Vaccination in Bombay 1924-1928 - 1924-1928
Year: 1924
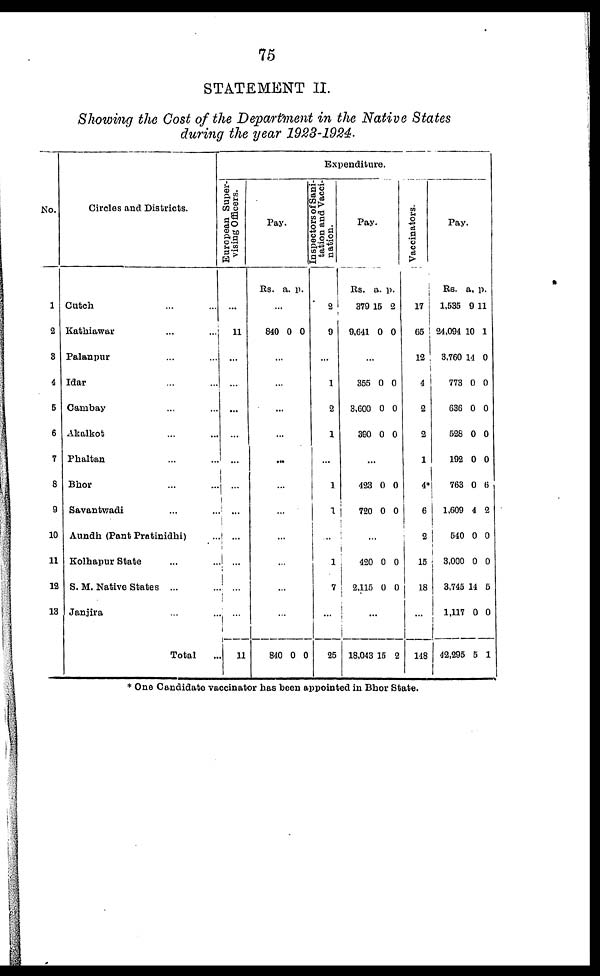
75
STATEMENT II.
Showing the Cost of the Department in the Native States
during the year 1923-1924.
No.
1
2
3
4
5
6
7
8
9
10
11
19
13
Circles and Districts.
Cutch ... ...
Kathiawar ... ...
Palanpur ... ...
Idar ... ...
Cambay ... ...
Akalkot ... ...
Phaltan ... ...
Bhor ... ...
Savantwadi ... ...
Aundh (Pant Pratinidhi) ...
Kolhapur State ... ...
S. M. Native States ... ...
Janjira ... ...
Total
Expenditure.
European Super-
vising Officers.
...
11
...
...
...
...
...
...
...
...
...
...
...
11
Pay.
Rs. a. p.
...
840 0 0
...
...
...
...
...
...
...
...
...
...
...
840 0 0
In spectors of Sani-
tation and Vacci-
nation.
2
9
...
1
2
1
...
1
1
...
1
7
...
25
Pay.
Rs.
379
9,641
a.
L5
0
p.
2
0
...
355
3,600
390
0
0
0
0
0
0
...
423
720
0
0
0
0
...
420
2,115
0
0
0
0
...
18,043 15 2
Vaccinators.
17
65
12
4
2
2
1
4*
6
2
15
18
...
148
Pay.
Rs.
1,535
24,094
3,760
773
636
528
192
763
1,609
540
3,000
3,745
1,117
42,295
a.
9
10
14
0
0
0
0
0
4
0
0
14
0
5
p.
11
1
0
0
0
0
0
6
2
0
0
5
0
1
* One Candidate vaccinator has been appointed in Bhor State.